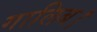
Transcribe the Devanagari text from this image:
गालिब।